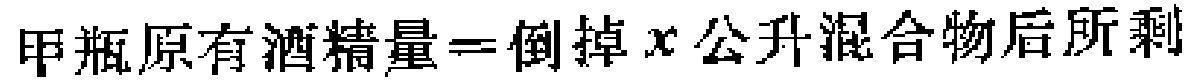
甲瓶原有酒精量=倒掉\(x\)公升混合物后所剩